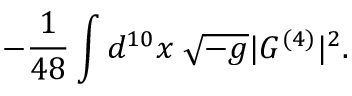
- \frac { 1 } { 4 8 } \int d ^ { 1 0 } x \; \sqrt { - g } | G ^ { ( 4 ) } | ^ { 2 } .